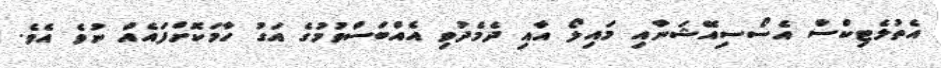
އެތުލެޓިކްސް އެސޯސިއޭޝަނާއި މައިލޯ އާއި ދެމެދުވި އެއްބަސްވުމުގެ އަގު ހާމަކޮށްފައެއް ނުވެ އެވެ.